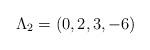
LaTeX: \begin{align*}\Lambda_2 = (0,2,3,-6)\end{align*}